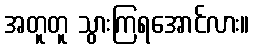
အတူတူ သွားကြရအောင်လား။